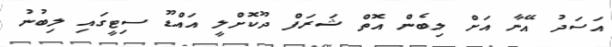
އަސަދު އޭނާ އަށް ލިބެން އޮތް ޝަރަފް ދޫކޮށްލީ އައްޑޫ ސިޓީގައި ލިބުނު